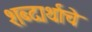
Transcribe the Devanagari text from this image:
शब्दार्थाचे